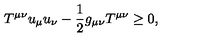
T ^ { \mu \nu } u _ { \mu } u _ { \nu } - \frac 1 2 g _ { \mu \nu } T ^ { \mu \nu } \geq 0 ,